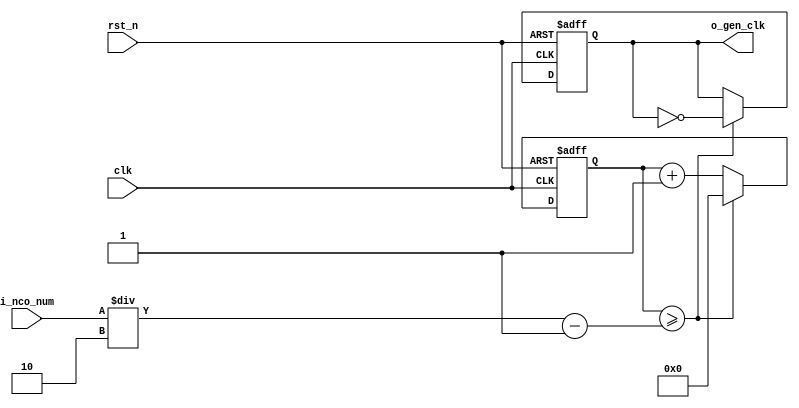
//	==================================================
//	Copyright (c) 2019 Sookmyung Women's University.
//	--------------------------------------------------
//	DEPARTMENT		: EE
//	--------------------------------------------------
//	RELEASE HISTORY
//	--------------------------------------------------
//	VERSION			DATE
//	0.0			2019-11-24
//	--------------------------------------------------
//	PURPOSE			: IR Controller
//	==================================================
//	--------------------------------------------------
//	Numerical Controlled Oscillator
//	Hz of o_gen_clk = Clock Hz / num
//	--------------------------------------------------
module	nco(	
		o_gen_clk,
		i_nco_num,
		clk,
		rst_n);

output		o_gen_clk	;	// 1Hz CLK

input	[31:0]	i_nco_num	;
input		clk		;	// 50Mhz CLK
input		rst_n		;

reg	[31:0]	cnt		;
reg		o_gen_clk	;

always @(posedge clk or negedge rst_n) begin
	if(rst_n == 1'b0) begin
		cnt		<= 32'd0;
		o_gen_clk	<= 1'd0	;
	end else begin
		if(cnt >= i_nco_num/2-1) begin
			cnt 	<= 32'd0;
			o_gen_clk	<= ~o_gen_clk;
		end else begin
			cnt <= cnt + 1'b1;
		end
	end
end

endmodule

//	--------------------------------------------------
//	Flexible Numerical Display Decoder
//	--------------------------------------------------
module	fnd_dec(
		o_seg,
		i_num);

output	[6:0]	o_seg		;	// {o_seg_a, o_seg_b, ... , o_seg_g}

input	[3:0]	i_num		;
reg	[6:0]	o_seg		;
//making
always @(i_num) begin 
 	case(i_num) 
 		4'd0:	o_seg = 7'b111_1110; 
 		4'd1:	o_seg = 7'b011_0000; 
 		4'd2:	o_seg = 7'b110_1101; 
 		4'd3:	o_seg = 7'b111_1001; 
 		4'd4:	o_seg = 7'b011_0011; 
 		4'd5:	o_seg = 7'b101_1011; 
 		4'd6:	o_seg = 7'b101_1111; 
 		4'd7:	o_seg = 7'b111_0000; 
 		4'd8:	o_seg = 7'b111_1111; 
 		4'd9:	o_seg = 7'b111_0011; 
 		4'd10:	o_seg = 7'b111_0111; 
 		4'd11:	o_seg = 7'b001_1111; 
 		4'd12:	o_seg = 7'b100_1110; 
 		4'd13:	o_seg = 7'b011_1101; 
 		4'd14:	o_seg = 7'b100_1111; 
 		4'd15:	o_seg = 7'b100_0111; 
		default:o_seg = 7'b000_0000; 
	endcase 
end


endmodule

//	--------------------------------------------------
//	0~59 --> 2 Separated Segments
//	--------------------------------------------------
module	double_fig_sep(
		o_left,
		o_right,
		i_double_fig);

output	[3:0]	o_left		;
output	[3:0]	o_right		;

input	[5:0]	i_double_fig	;

assign		o_left	= i_double_fig / 10	;
assign		o_right	= i_double_fig % 10	;

endmodule

//	--------------------------------------------------
//	0~59 --> 2 Separated Segments
//	--------------------------------------------------
module	led_disp(
		o_seg,
		o_seg_dp,
		o_seg_enb,
		i_six_digit_seg,
		i_six_dp,
		clk,
		rst_n);

output	[5:0]	o_seg_enb		;
output		o_seg_dp		;
output	[6:0]	o_seg			;

input	[41:0]	i_six_digit_seg		;
input	[5:0]	i_six_dp		;
input		clk			;
input		rst_n			;

wire		gen_clk		;

nco		u_nco(
		.o_gen_clk	( gen_clk	),
		.i_nco_num	( 32'd5000	),
		.clk		( clk		),
		.rst_n		( rst_n		));


reg	[3:0]	cnt_common_node	;

always @(posedge gen_clk or negedge rst_n) begin
	if(rst_n == 1'b0) begin
		cnt_common_node <= 4'd0;
	end else begin
		if(cnt_common_node >= 4'd5) begin
			cnt_common_node <= 4'd0;
		end else begin
			cnt_common_node <= cnt_common_node + 1'b1;
		end
	end
end

reg	[5:0]	o_seg_enb		;

always @(cnt_common_node) begin
	case (cnt_common_node)
		4'd0:	o_seg_enb = 6'b111110;
		4'd1:	o_seg_enb = 6'b111101;
		4'd2:	o_seg_enb = 6'b111011;
		4'd3:	o_seg_enb = 6'b110111;
		4'd4:	o_seg_enb = 6'b101111;
		4'd5:	o_seg_enb = 6'b011111;
		default:o_seg_enb = 6'b111111;
	endcase
end

reg		o_seg_dp		;

always @(cnt_common_node) begin
	case (cnt_common_node)
		4'd0:	o_seg_dp = i_six_dp[0];
		4'd1:	o_seg_dp = i_six_dp[1];
		4'd2:	o_seg_dp = i_six_dp[2];
		4'd3:	o_seg_dp = i_six_dp[3];
		4'd4:	o_seg_dp = i_six_dp[4];
		4'd5:	o_seg_dp = i_six_dp[5];
		default:o_seg_dp = 1'b0;
	endcase
end

reg	[6:0]	o_seg			;

always @(cnt_common_node) begin
	case (cnt_common_node)
		4'd0:	o_seg = i_six_digit_seg[6:0];
		4'd1:	o_seg = i_six_digit_seg[13:7];
		4'd2:	o_seg = i_six_digit_seg[20:14];
		4'd3:	o_seg = i_six_digit_seg[27:21];
		4'd4:	o_seg = i_six_digit_seg[34:28];
		4'd5:	o_seg = i_six_digit_seg[41:35];
		default:o_seg = 7'b111_1110; // 0 display
	endcase
end

endmodule

//	--------------------------------------------------
//	IR Rx Module: Note : Inverted IR Rx Signal
//	--------------------------------------------------
module	ir_rx(	
		o_data,
		i_ir_rxb,
		clk,
		rst_n);

output	[31:0]	o_data		;

input		i_ir_rxb	;
input		clk		;
input		rst_n		;

parameter	IDLE		   = 2'b00	;
parameter	LEADCODE	= 2'b01	;	// 9ms high 4.5ms low
parameter	DATACODE	= 2'b10	;	// Custom & Data Code
parameter	COMPLETE	= 2'b11	;	// 32-bit data

//		1M Clock = 1 us Reference Time
wire		clk_1M				;
nco		u_nco(
		.o_gen_clk	( clk_1M	),
		.i_nco_num	( 32'd50	),
		.clk		( clk		),
		.rst_n		( rst_n		));

//		Sequential Rx Bits

wire		ir_rx		;
assign		ir_rx = ~i_ir_rxb;

reg	[1:0]	seq_rx				;
always @(posedge clk_1M or negedge rst_n) begin
	if(rst_n == 1'b0) begin
		seq_rx <= 2'b00;
	end else begin
		seq_rx <= {seq_rx[0], ir_rx};
	end
	
end

//		Count Signal Polarity (High & Low)
reg	[15:0]	cnt_h		;
reg	[15:0]	cnt_l		;
always @(posedge clk_1M or negedge rst_n) begin
	if(rst_n == 1'b0) begin
		cnt_h <= 16'd0;
		cnt_l <= 16'd0;
	end else begin
		case(seq_rx)
			2'b00	: cnt_l <= cnt_l + 1;
			2'b01	: begin
				cnt_l <= 16'd0;
				cnt_h <= 16'd0;
			end
			2'b11	: cnt_h <= cnt_h + 1;
		endcase
	end
end

//		State Machine
reg	[1:0]	state		;
reg	[5:0]	cnt32		;
always @(posedge clk_1M or negedge rst_n) begin
	if(rst_n == 1'b0) begin
		state <= IDLE;
		cnt32 <= 6'd0;
	end else begin
		case (state)
			IDLE: begin
				state <= LEADCODE;
				cnt32 <= 6'd0;
			end
			LEADCODE: begin
				if (cnt_h >= 8500 && cnt_l >= 4000) begin
					state <= DATACODE;
				end else begin
					state <= LEADCODE;
				end
			end
			DATACODE: begin
				if (seq_rx == 2'b01) begin
					cnt32 <= cnt32 + 1;
				end else begin
					cnt32 <= cnt32;
				end
				if (cnt32 >= 6'd32 && cnt_l >= 1000) begin
					state <= COMPLETE;
				end else begin
					state <= DATACODE;
				end
			end
			COMPLETE: state <= IDLE;
		endcase
	end
end

//		32bit Custom & Data Code
reg	[31:0]	data		;
reg	[31:0]	o_data		;
always @(posedge clk_1M or negedge rst_n) begin
	if(rst_n == 1'b0) begin
		data <= 32'd0;
	end else begin
		case (state)
			DATACODE: begin
				if (cnt_l >= 1000) begin
					data[32-cnt32] <= 1'b1;
				end else begin
					data[32-cnt32] <= 1'b0;
				end
			end
			COMPLETE: o_data <= data;
		endcase
	end
end


endmodule

//	--------------------------------------------------
//	Top Module
//	--------------------------------------------------
module	top(
		o_seg_enb,
		o_seg_dp,
		o_seg,
		i_ir_rxb,
		clk,
		rst_n);

output	[5:0]	o_seg_enb	 ;
output		     o_seg_dp	  ;
output	[6:0]	o_seg		    ;

input		i_ir_rxb	;
input		clk		    ;
input		rst_n		  ;

wire   [31:0] data;
ir_rx u_ir(
            .o_data(data),
		        .i_ir_rxb(i_ir_rxb),
		        .clk(clk),
		        .rst_n(rst_n));

wire   [6:0]  out0;
wire   [6:0]  out1;
wire   [6:0]  out2;
wire   [6:0]  out3;
wire   [6:0]  out4;
wire   [6:0]  out5;

fnd_dec fnd_dec_0(
		              .o_seg(out0),
		              .i_num(data[3:0]));		        
		        
fnd_dec fnd_dec_1(
		              .o_seg(out1),
		              .i_num(data[7:4]));		        
fnd_dec fnd_dec_2(
		              .o_seg(out2),
		              .i_num(data[11:8]));		        
fnd_dec fnd_dec_3(
		              .o_seg(out3),
		              .i_num(data[15:12]));		        
fnd_dec fnd_dec_4(
		              .o_seg(out4),
		              .i_num(data[19:16]));		        
fnd_dec fnd_dec_5(
		              .o_seg(out5),
		              .i_num(data[23:20]));		      

wire   [41:0] i_six_seg;		              
assign i_six_seg =  {out5,out4,out3,out2,out1,out0};

led_disp u_led_disp(
                  .o_seg(o_seg),
		              .o_seg_dp(o_seg_dp),
		              .o_seg_enb(o_seg_enb),
		              .i_six_digit_seg(i_six_seg),
		              .i_six_dp(),
		              .clk(clk),
		              .rst_n(rst_n));
                     
     		        		        		        
		        
endmodule